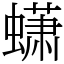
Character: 蟏